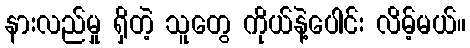
နားလည်မှု ရှိတဲ့ သူတွေ ကိုယ်နဲ့ပေါင်း လိမ့်မယ်။